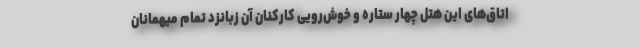
اتاق‌های این هتل چهار ستاره و خوش‌رویی کارکنان آن زبانزد تمام میهمانان